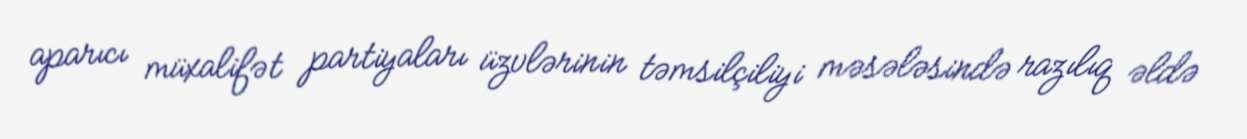
aparıcı müxalifət partiyaları üzvlərinin təmsilçiliyi məsələsində razılıq əldə